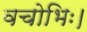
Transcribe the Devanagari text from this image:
वचोभिः।